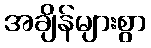
အချိန်များစွာ